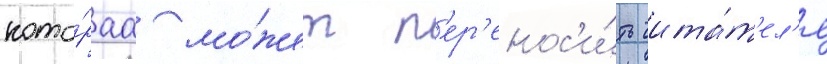
кото́раа мо́жет п'ер'енос'и́ть чита́т'ел'я